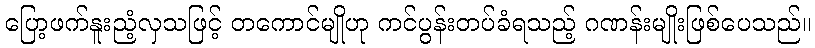
ပြော့ဖက်နူးညံ့လှသဖြင့် တကောင်မျိုဟု ကင်ပွန်းတပ်ခံရသည့် ဂဏန်းမျိုးဖြစ်ပေသည်။